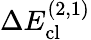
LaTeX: \Delta E_{\mathrm{cl}}^{(2,1)}